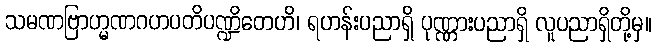
သမဏဗြာဟ္မဏဂဟပတိပဏ္ဍိတေဟိ၊ ရဟန်းပညာရှိ ပုဏ္ဏားပညာရှိ လူပညာရှိတို့မှ။